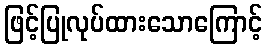
ဖြင့်ပြုလုပ်ထားသောကြောင့်